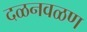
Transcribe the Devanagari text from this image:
दळनवळण